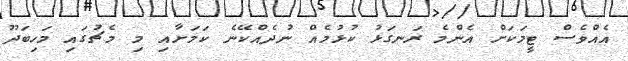
އެއްވެސް ޓީމަކަށް އެންމެ ރަނގަޅު ކުޅުމެއް ނުދެއްކޭނެ ކަމަށާއި މި މެޗުގައި މަހިބަދޫ